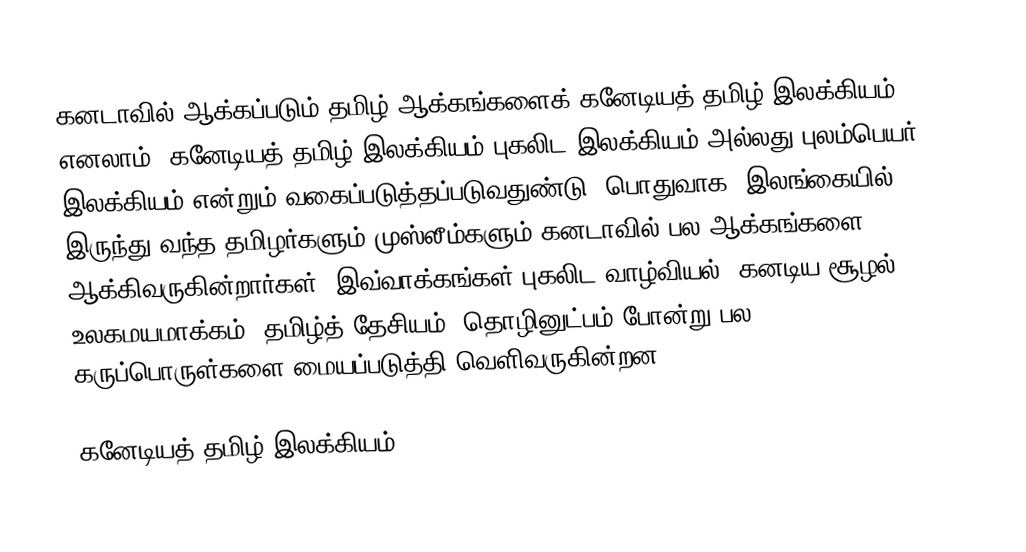
கனடாவில் ஆக்கப்படும் தமிழ் ஆக்கங்களைக் கனேடியத் தமிழ் இலக்கியம் எனலாம்.  கனேடியத் தமிழ் இலக்கியம் புகலிட இலக்கியம் அல்லது புலம்பெயர் இலக்கியம் என்றும் வகைப்படுத்தப்படுவதுண்டு.   பொதுவாக, இலங்கையில் இருந்து வந்த தமிழர்களும் முஸ்லீம்களும் கனடாவில் பல ஆக்கங்களை ஆக்கிவருகின்றார்கள்.  இவ்வாக்கங்கள் புகலிட வாழ்வியல், கனடிய சூழல், உலகமயமாக்கம், தமிழ்த் தேசியம், தொழினுட்பம் போன்று பல கருப்பொருள்களை மையப்படுத்தி வெளிவருகின்றன.

கனேடியத் தமிழ் இலக்கியம்